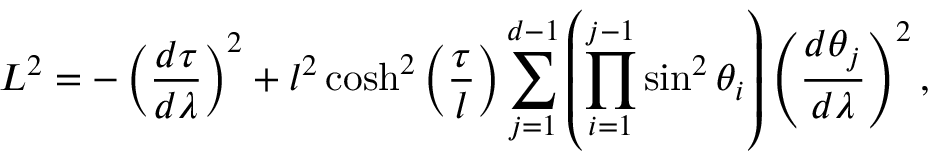
L ^ { 2 } = - \left( \frac { d \tau } { d \lambda } \right) ^ { 2 } + l ^ { 2 } \cosh ^ { 2 } \left( \frac { \tau } { l } \right) \sum _ { j = 1 } ^ { d - 1 } \left( \prod _ { i = 1 } ^ { j - 1 } \sin ^ { 2 } \theta _ { i } \right) \left( \frac { d \theta _ { j } } { d \lambda } \right) ^ { 2 } ,